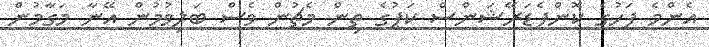
އެންމެ ފަހުގެ ކޮންފެޑަރޭޝަންސް ކަޕުގެ ތިން މެޗުން ވެސް ބަލިވުމުން އޭނާ މަގާމުން